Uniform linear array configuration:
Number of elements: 12
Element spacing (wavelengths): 0.25
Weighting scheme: hann
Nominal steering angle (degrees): -60
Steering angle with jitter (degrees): -60.091
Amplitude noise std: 0.05
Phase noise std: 0.05

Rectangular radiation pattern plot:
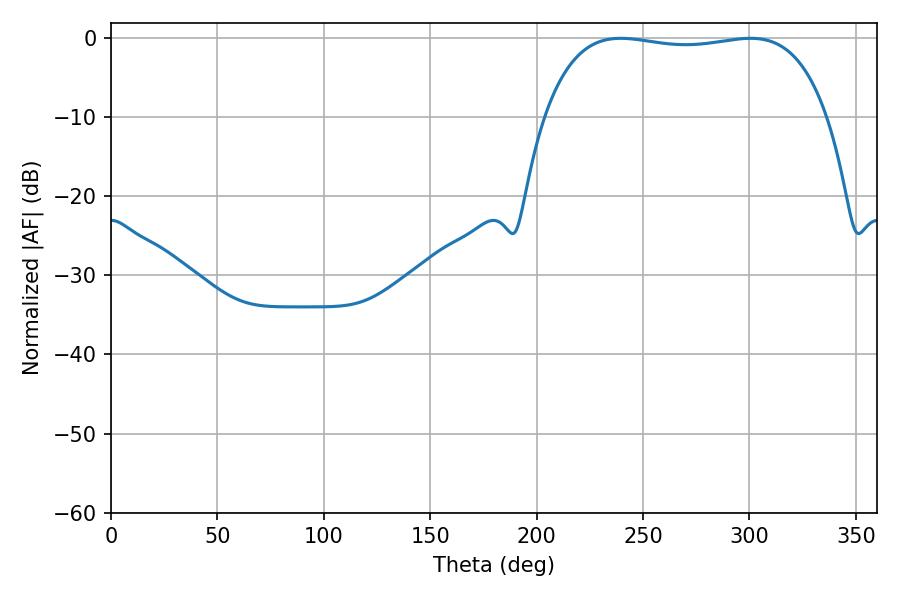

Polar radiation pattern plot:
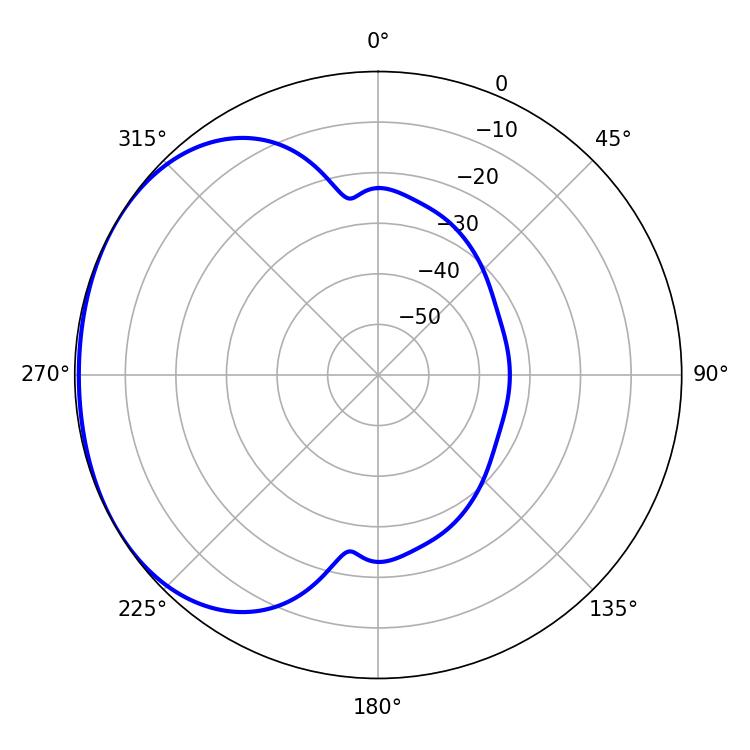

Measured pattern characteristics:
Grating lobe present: FALSE
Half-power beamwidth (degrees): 106.2
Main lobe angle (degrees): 239.58